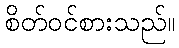
စိတ်ဝင်စားသည်။